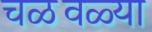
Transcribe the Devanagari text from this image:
चळवळ्या